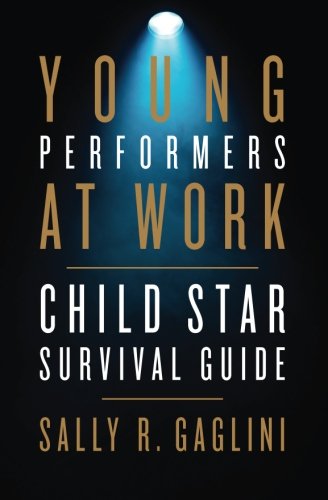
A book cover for Young Performers at Work: Child Star Survival Guide; Sally R. Gaglini; Law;